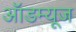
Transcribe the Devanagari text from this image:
ऑडम्यूज